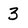
Character: 3